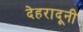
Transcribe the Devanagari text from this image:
देहरादूनी